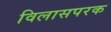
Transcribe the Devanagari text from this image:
विलासपरक